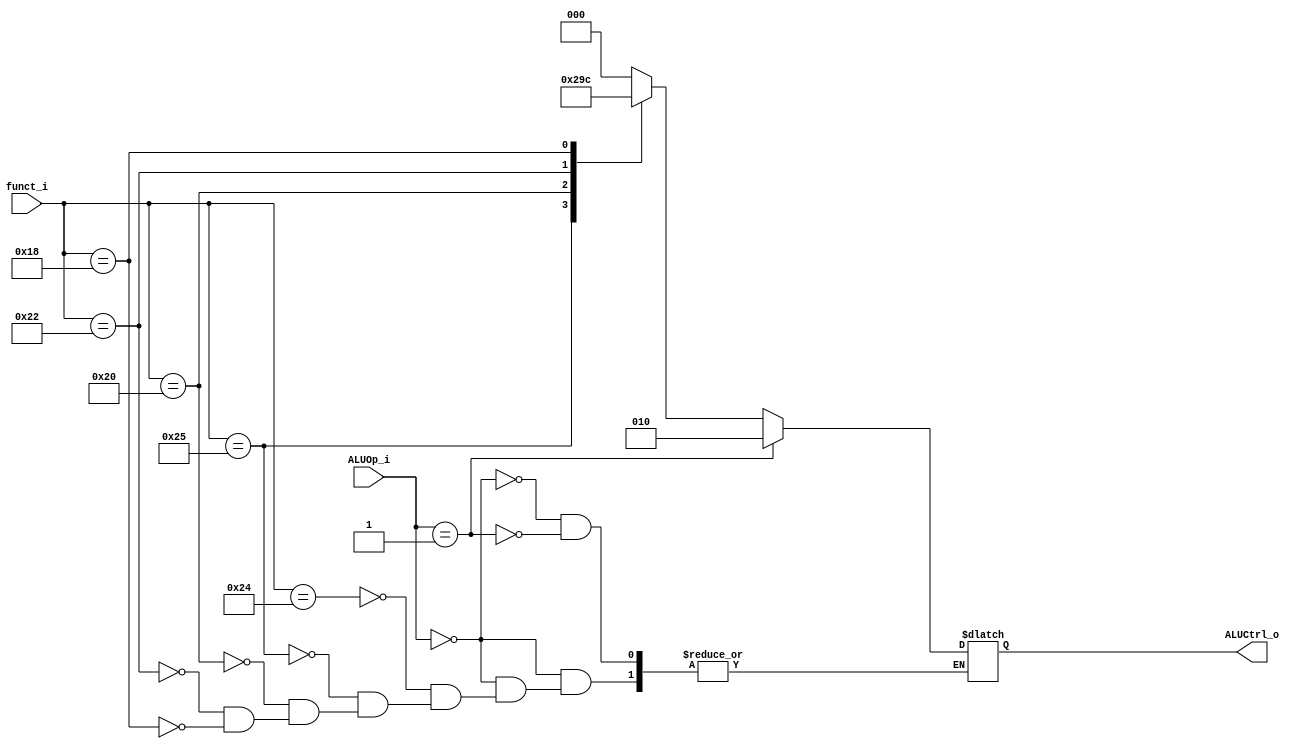
module ALU_Control
(
    funct_i,
    ALUOp_i,
    ALUCtrl_o
);

input   [5:0]   funct_i;
input   [1:0]   ALUOp_i;
output  [2:0]   ALUCtrl_o;

reg     [2:0]   ALUCtrl_o;

always@(funct_i or ALUOp_i) begin
    case(ALUOp_i)
        2'b00:  // R-type
            case(funct_i)
                6'b100100: ALUCtrl_o = 3'b000;  // and
                6'b100101: ALUCtrl_o = 3'b001;  // or
                6'b100000: ALUCtrl_o = 3'b010;  // add
                6'b100010: ALUCtrl_o = 3'b011;  // sub
                6'b011000: ALUCtrl_o = 3'b100;  // mul
            endcase
        2'b01:  // I-type
            ALUCtrl_o = 3'b010;  //addi
    endcase
end

endmodule